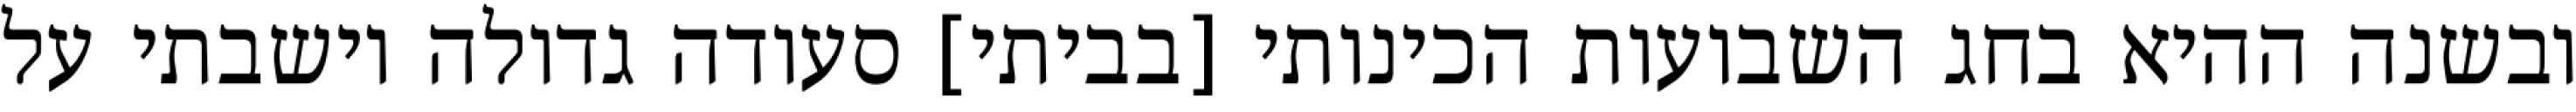
ובשנה ההיא בחג השבועות הכינותי [בביתי] סעודה גדולה וישבתי על